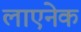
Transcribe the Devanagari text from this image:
लाएनेक